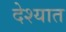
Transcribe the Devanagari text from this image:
देश्यात